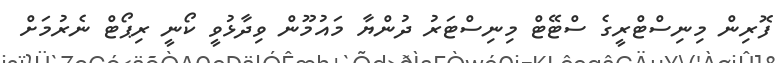
ފޮރިން މިނިސްޓްރީގެ ސްޓޭޓް މިނިސްޓަރު ދުންޔާ މައުމޫން ވިދާޅުވީ ކޯނީ ރިޕޯޓް ނެރުމަށް